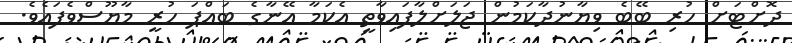
ދޮށްޓަށް ހުރި ބޭބެ ވިޔާނުދާކަމުން ޖަލަށްލާފައިވާތީ އެކަމާ އޭނާގެ ބައްޕަ ހުރީ މާޔޫސްވެފައެވެ.